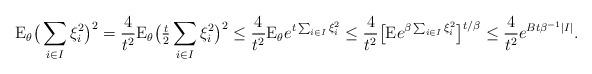
LaTeX: \begin{align*}\mathrm{E}_{\theta}\big(\sum_{i\in I} \xi_i^2 \big)^2=\frac{4}{t^2} \mathrm{E}_{\theta}\big(\tfrac{t}{2}\sum_{i\in I} \xi_i^2 \big)^2 \le \frac{4}{t^2} \mathrm{E}_{\theta}e^{t\sum_{i\in I} \xi_i^2}\le \frac{4}{t^2}\big[\mathrm{E} e^{\beta\sum_{i\in I} \xi_i^2}\big]^{t/\beta}\le \frac{4}{t^2}e^{Bt\beta^{-1} |I|}.\end{align*}